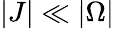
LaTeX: |J|\ll|\Omega|